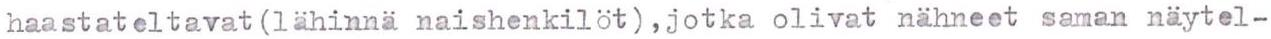
haastateltavat (lähinnä naishenkilöt) ,jotka olivat nähneet saman näytel-